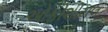
ઓફીશીયલ